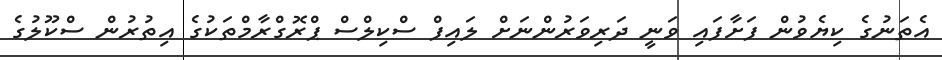
އެތަނުގެ ކިޔެވުން ފަށާފައި ވަނީ ދަރިވަރުންނަށް ލައިފް ސްކިލްސް ޕްރޮގްރާމްތަކުގެ އިތުރުން ސްކޫލުގެ